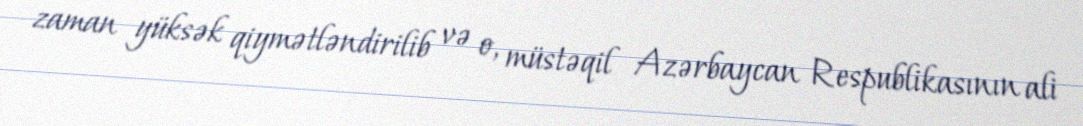
zaman yüksək qiymətləndirilib və o, müstəqil Azərbaycan Respublikasının ali